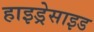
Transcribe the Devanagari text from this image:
हाइड्रेसाइड